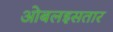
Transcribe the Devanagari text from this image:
ओबलइसतार